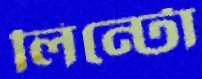
লিন্টো